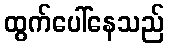
ထွက်ပေါ်နေသည်